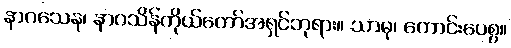
နာဂသေန၊ နာဂသိန်ကိုယ်တော်အရှင်ဘုရား။ သာဓု၊ ကောင်းပေစွ။